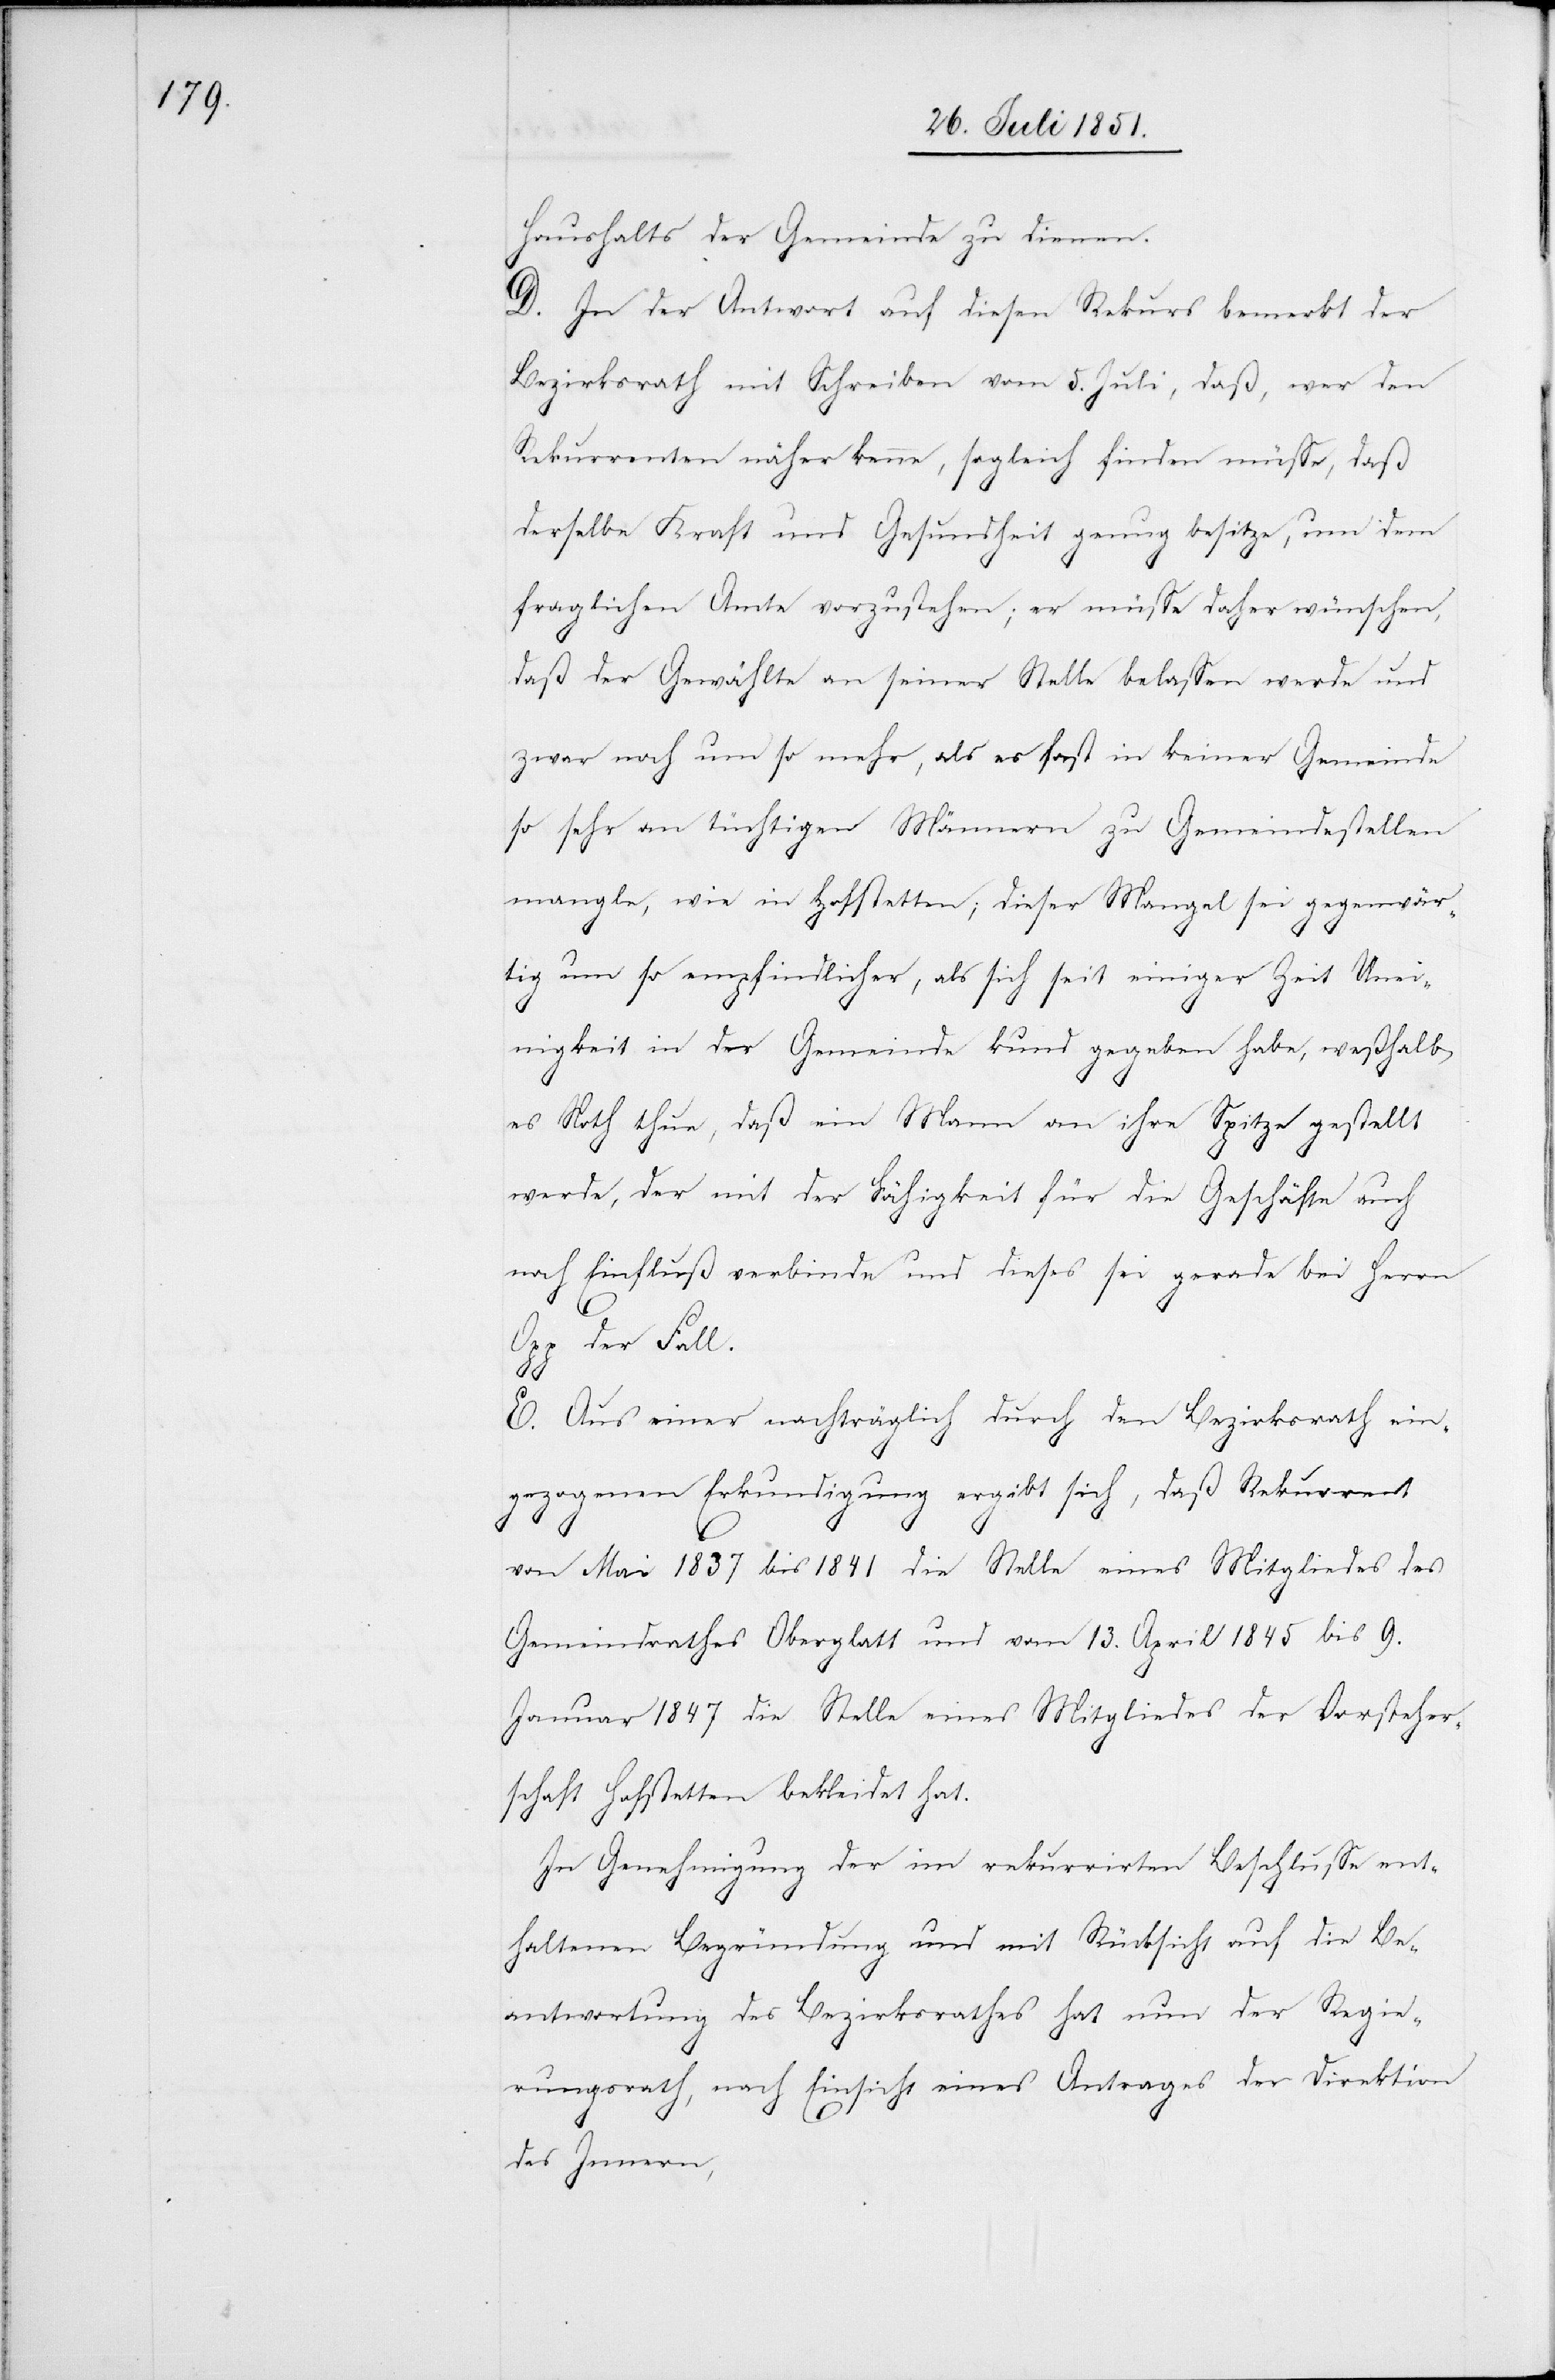
Haushalts der Gemeinde zu dienen.
D. In der Antwort auf diesen Rekurs bemerkt der
Bezirksrath mit Schreiben vom 5. Juli, daß, wer den
Rekurrenten näher kenne, sogleich finden müsse, daß
derselbe Kraft und Gesundheit genug besitze, um dem
fraglichen Amte vorzustehen; er müsse daher wünschen,
daß der Gewählte an seiner Stelle belassen werde und
zwar noch um so mehr, als es fast in keiner Gemeinde
so sehr an tüchtigen Männern zu Gemeindestellen
mangle, wie in Hofstetten; dieser Mangel sei gegenwär¬
tig um so empfindlicher, als sich seit einiger Zeit Unei¬
nigkeit in der Gemeinde kund gegeben habe, weßhalb
es Noth thue, daß ein Mann an ihre Spitze gestellt
werde, der mit der Fähigkeit für die Geschäfte auch
noch Einfluß verbinde und dieses sei gerade bei Herrn
Opp der Fall.
E. Aus einer nachträglich durch den Bezirksrath ein¬
gezogenen Erkundigung ergibt sich, daß Rekurrent
von Mai 1837 bis 1841 die Stelle eines Mitgliedes des
Gemeindrathes Oberglatt und vom 13. April 1845 bis 9.
Januar 1847 die Stelle eines Mitgliedes der Vorsteher¬
schaft Hofstetten bekleidet hat.
In Genehmigung der im rekurrirten Beschlusse ent¬
haltenen Begründung und mit Rücksicht auf die Be¬
antwortung des Bezirksrathes hat nun der Regie¬
rungsrath, nach Einsicht eines Antrages der Direktion
des Innern,